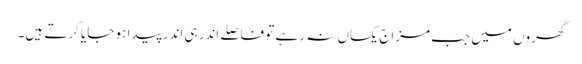
گھروں میں جب مزاج یکساں نہ رہے تو فاصلے اندر ہی اندر پیدا ہو جایا کرتے ہیں۔